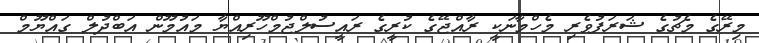
މިރޭގެ މެޗުގެ ޝަރަފުވެރި މެހްމާނަކީ ރާއްޖޭގެ ކުރީގެ ރައީސުލްޖުމްހޫރިއްޔާ މައުމޫން އަބްްދުލް ގައްޔޫމް